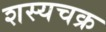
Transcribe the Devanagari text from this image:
शस्यचक्र